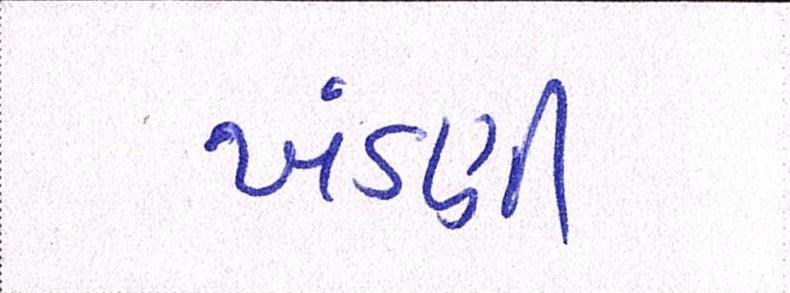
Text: ખંડણી